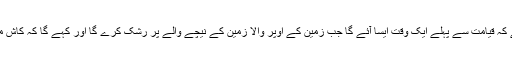
آپ ﷺ کا ارشاد ہے کہ قیامت سے پہلے ایک وقت ایسا آئے گا جب زمین کے اوپر والا زمین کے نیچے والے پر رشک کرے گا اور کہے گا کہ کاش میں تیری جگہ ہوتا۔